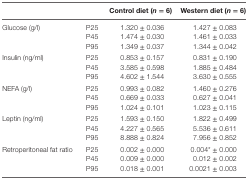
<table><thead><tr><td></td><td></td><td><b>Control diet (<i>n</i> = 6)</b></td><td><b>Western diet (<i>n</i> = 6)</b></td></tr></thead><tbody><tr><td rowspan="3">Glucose (g/l)</td><td>P25</td><td>1.320 ± 0.036</td><td>1.427 ± 0.083</td></tr><tr><td>P45</td><td>1.474 ± 0.030</td><td>1.461 ± 0.033</td></tr><tr><td>P95</td><td>1.349 ± 0.037</td><td>1.344 ± 0.042</td></tr><tr><td rowspan="3">Insulin (ng/ml)</td><td>P25</td><td>0.853 ± 0.157</td><td>0.831 ± 0.190</td></tr><tr><td>P45</td><td>3.585 ± 0.598</td><td>1.885 ± 0.484</td></tr><tr><td>P95</td><td>4.602 ± 1.544</td><td>3.630 ± 0.555</td></tr><tr><td rowspan="3">NEFA (g/l)</td><td>P25</td><td>0.993 ± 0.082</td><td>1.460 ± 0.276</td></tr><tr><td>P45</td><td>0.669 ± 0.033</td><td>0.627 ± 0.041</td></tr><tr><td>P95</td><td>1.024 ± 0.101</td><td>1.023 ± 0.115</td></tr><tr><td rowspan="3">Leptin (ng/ml)</td><td>P25</td><td>1.593 ± 0.150</td><td>1.822 ± 0.499</td></tr><tr><td>P45</td><td>4.227 ± 0.565</td><td>5.536 ± 0.611</td></tr><tr><td>P95</td><td>8.888 ± 0.824</td><td>7.956 ± 0.852</td></tr><tr><td rowspan="3">Retroperitoneal fat ratio</td><td>P25</td><td>0.002 ± 0.000</td><td>0.004* ± 0.000</td></tr><tr><td>P45</td><td>0.009 ± 0.000</td><td>0.012 ± 0.002</td></tr><tr><td>P95</td><td>0.018 ± 0.001</td><td>0.0021 ± 0.003</td></tr></tbody></table>